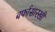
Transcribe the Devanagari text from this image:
बर्फासारखी